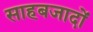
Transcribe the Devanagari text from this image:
साहबजादों